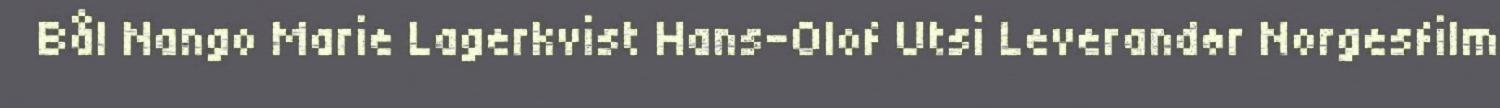
Bål Nango Marie Lagerkvist Hans-Olof Utsi Leverandør Norgesfilm